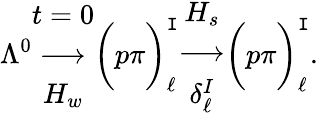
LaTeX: \Lambda^{0}\begin{array}{c}{{t=0}}\\ {{\longrightarrow}}\\ {{H_{w}}}\end{array}\bigg(p\pi\bigg)_{\ell}^{\mathtt{I}}\begin{array}{c}{{H_{s}}}\\ {{\longrightarrow}}\\ {{\delta_{\ell}^{I}}}\end{array}\bigg(p\pi\bigg)_{\ell}^{\mathtt{I}}.